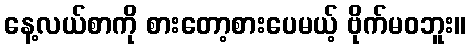
နေ့လယ်စာကို စားတော့စားပေမယ့် ဗိုက်မဝဘူး။